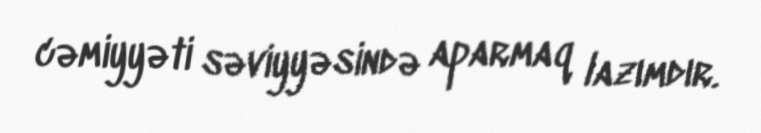
cəmiyyəti səviyyəsində aparmaq lazımdır.